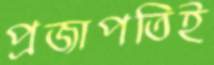
প্রজাপতিই